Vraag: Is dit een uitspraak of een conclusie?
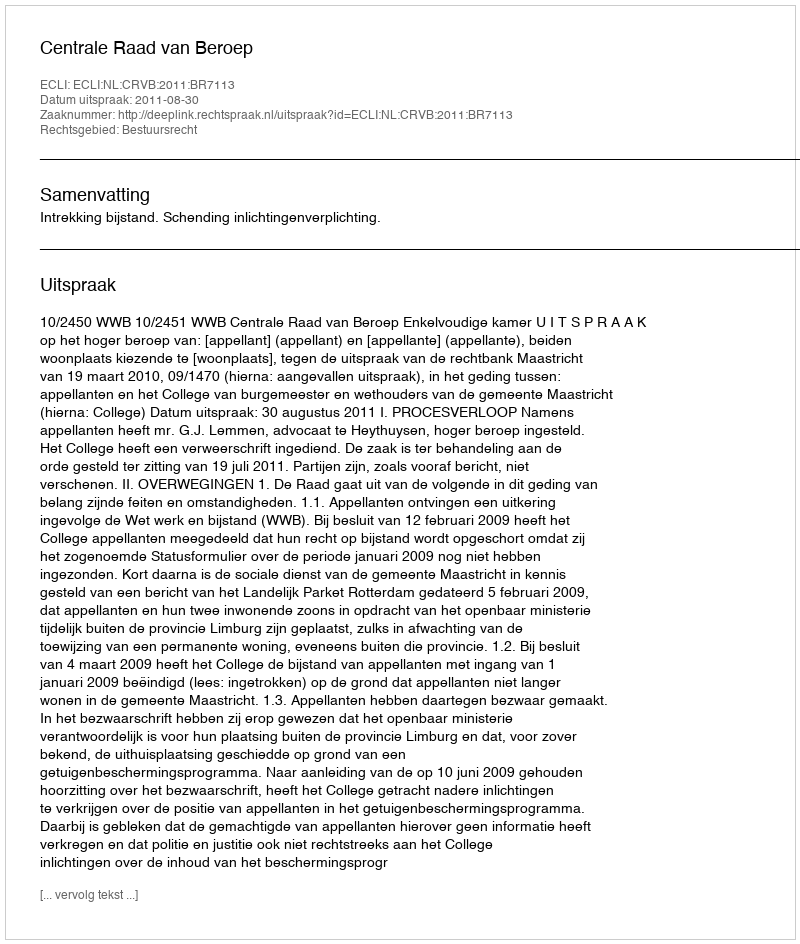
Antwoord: Uitspraak